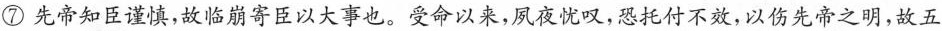
⑦先帝知臣谨慎，故临崩寄臣以大事也。受命以来，夙夜忧叹，恐托付不效，以伤先帝之明，故五